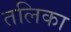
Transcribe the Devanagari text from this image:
तलिका